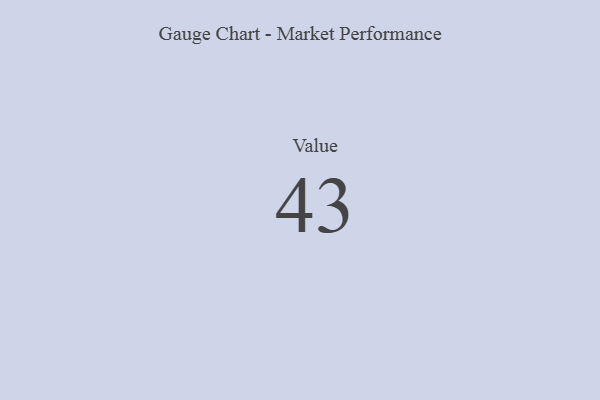
{"axis": {"x": "Metric", "y": "Value"}, "legend": [""], "data": [{"x": "Value", "y": 43, "type": ""}]}